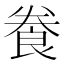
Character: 飬